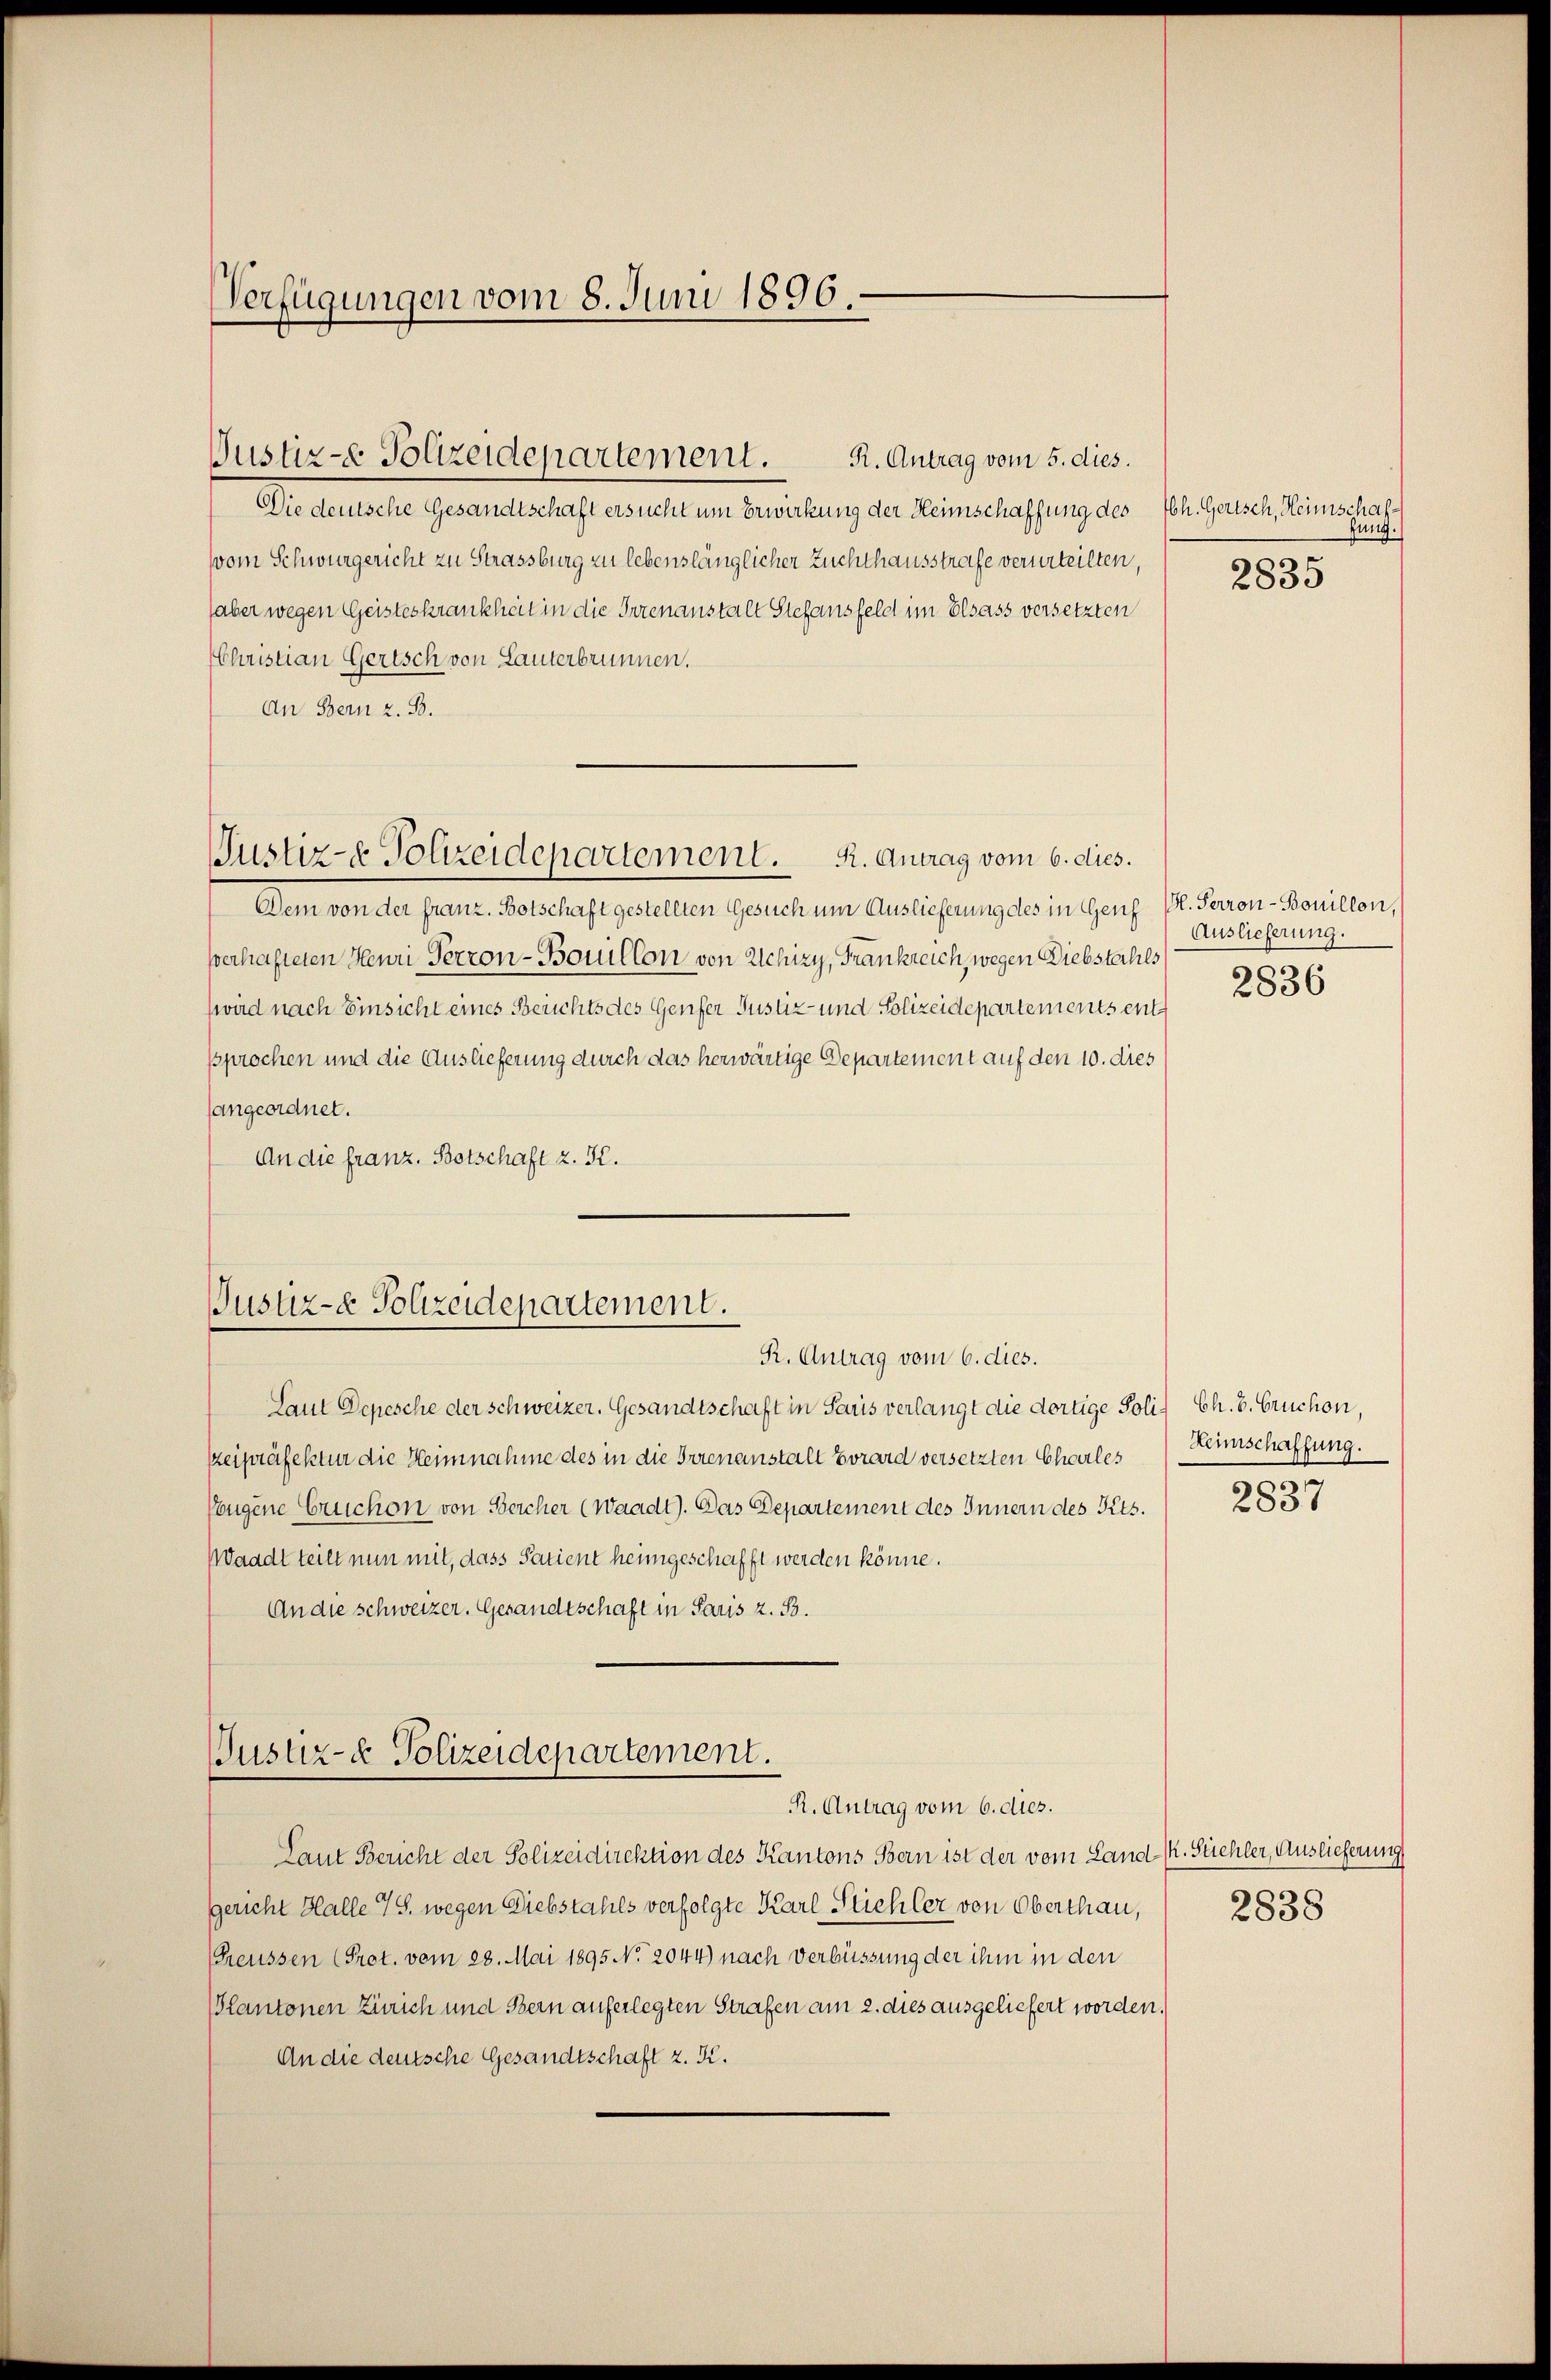
Verfügungen vom 8. Juni 1896.

Justiz- & Polizeidepartement. R. Antrag vom 5. dies.

Die deutsche Gesandtschaft ersucht um Erwirkung der Heimschaffung des
vom Schwurgericht zu Strassburg zu lebenslänglicher Zuchthausstrafe verurteilten,
(aber wegen Geisteskrankheit in die Irrenanstalt Stehansfeld im Elsass versetzten
Christian Gertsch von Lauterbrunnen.
An Bern z. B.
Dem von der franz. Botschaft gestellten Gesuch um Auslieferung des in Genf
serhafteten Henri Perron-Boillon von Schiry, Frankreich, wegen Diebstahls
ward nach Einsicht eines Berichts des Genfer Justiz- und Polizeidepartements entsprochen und die Auslieferung durch das herwärtige Departement auf den 10. dies
sangeordnet.
An die franz. Botschaft z. K.

Justiz- & Polizeidepartement. R. Antrag vom 6. dies.

Justiz- & Polizeidepartement.
R. Antrag vom 6. dies.

Justiz- & Polizeidepartement.
R. Antrag vom 6. dies.

bh. Gertsch, Heimschaffung.
2835

Laut Depesche der schweizer. Gesandtschaft in Saus verlangt die dortige Poliz Ch. B. Bruchon,
zeipräfektur die Heim nahme des in die Irrenanstalt vorard versetzten Charles
ougene Errichon von Bercher (Waadt). Das Departement des Innern des Kts.
Waadt teilt nun mit, dass Patient heimgeschafft werden könne.
An die schweizer. Gesandtschaft in Paris z. B.

Laut Bericht der Polizeidirektion des Kantons Bern ist der vom Land- K. Stichler, Auslieferung
Gericht Halle 7 S. wegen Diebstahls verfolgte Karl Stichler von Oberthan,
Greussen (Prot. vom 28. Mai 1895 No 2044) nach Verbüssung der ihm in den
PPlantonen Zürich und Bern auferlegten Strafen am 2. dies ausgeliefert worden.
An die deutsche Gesandtschaft z. K.

H. Perron-Bouillon,
Auslieferung.
2836

Heimschaffung.
2837

2838